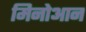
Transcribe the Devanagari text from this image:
मिनोआन